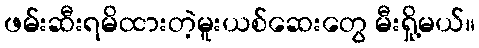
ဖမ်းဆီးရမိထားတဲ့မူးယစ်ဆေးတွေ မီးရှို့မယ်။